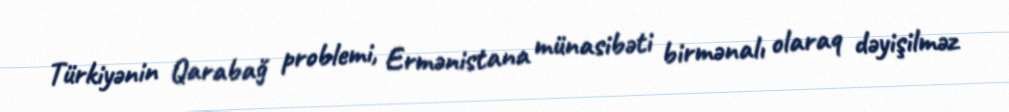
Türkiyənin Qarabağ problemi, Ermənistana münasibəti birmənalı olaraq dəyişilməz